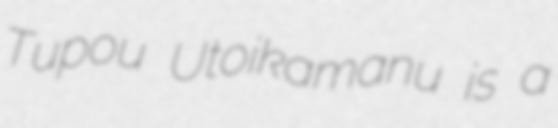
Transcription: Tupou ʻUtoikamanu is a